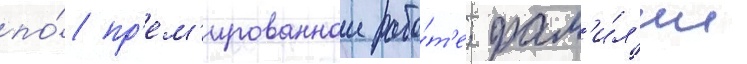
по́ пр'ем'ированнои рабо́т'е; фам'и́л'ии